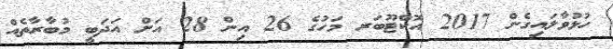
ހުޅުވާލައިގެން 2017 އޮކްޓޫބަރ މަހުގެ 26 އިން 28 އަށް އަދަބީ މުބާރާތެއް